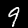
Label: 9